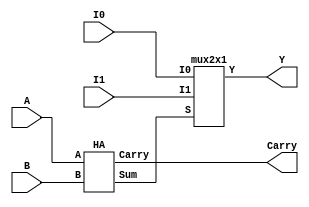
module task1(I0,I1,A,B,Carry,Y);
input I0,I1,A,B;
output Y,Carry;
wire w1;
HA m1(A,B,w1,Carry);
mux2x1 m2(I0,I1,w1,Y);
endmodule


module HA(A,B,Sum,Carry);
input A,B;
output Sum,Carry;
assign Sum=A^B;
assign Carry=A&B;
endmodule

module mux2x1(I0,I1,S,Y);
input I0,I1,S;
output reg Y;
//assign Y=(((~S)&I0)|(S&I1));
always @(*)
begin
  case(S)
    0: Y=I0;
    1: Y=I1;
    default:Y=0;
  endcase
end
endmodule